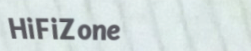
HiFiZone